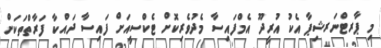
މި ޕާރޓްނަރޝިޕާ އެކު އުރީދޫ އެމްފައިސާ މެދުވެރިކޮށް ޓެކްސީއަށް ފައިސާ ދައްކާ ފަރާތްތަކަށް